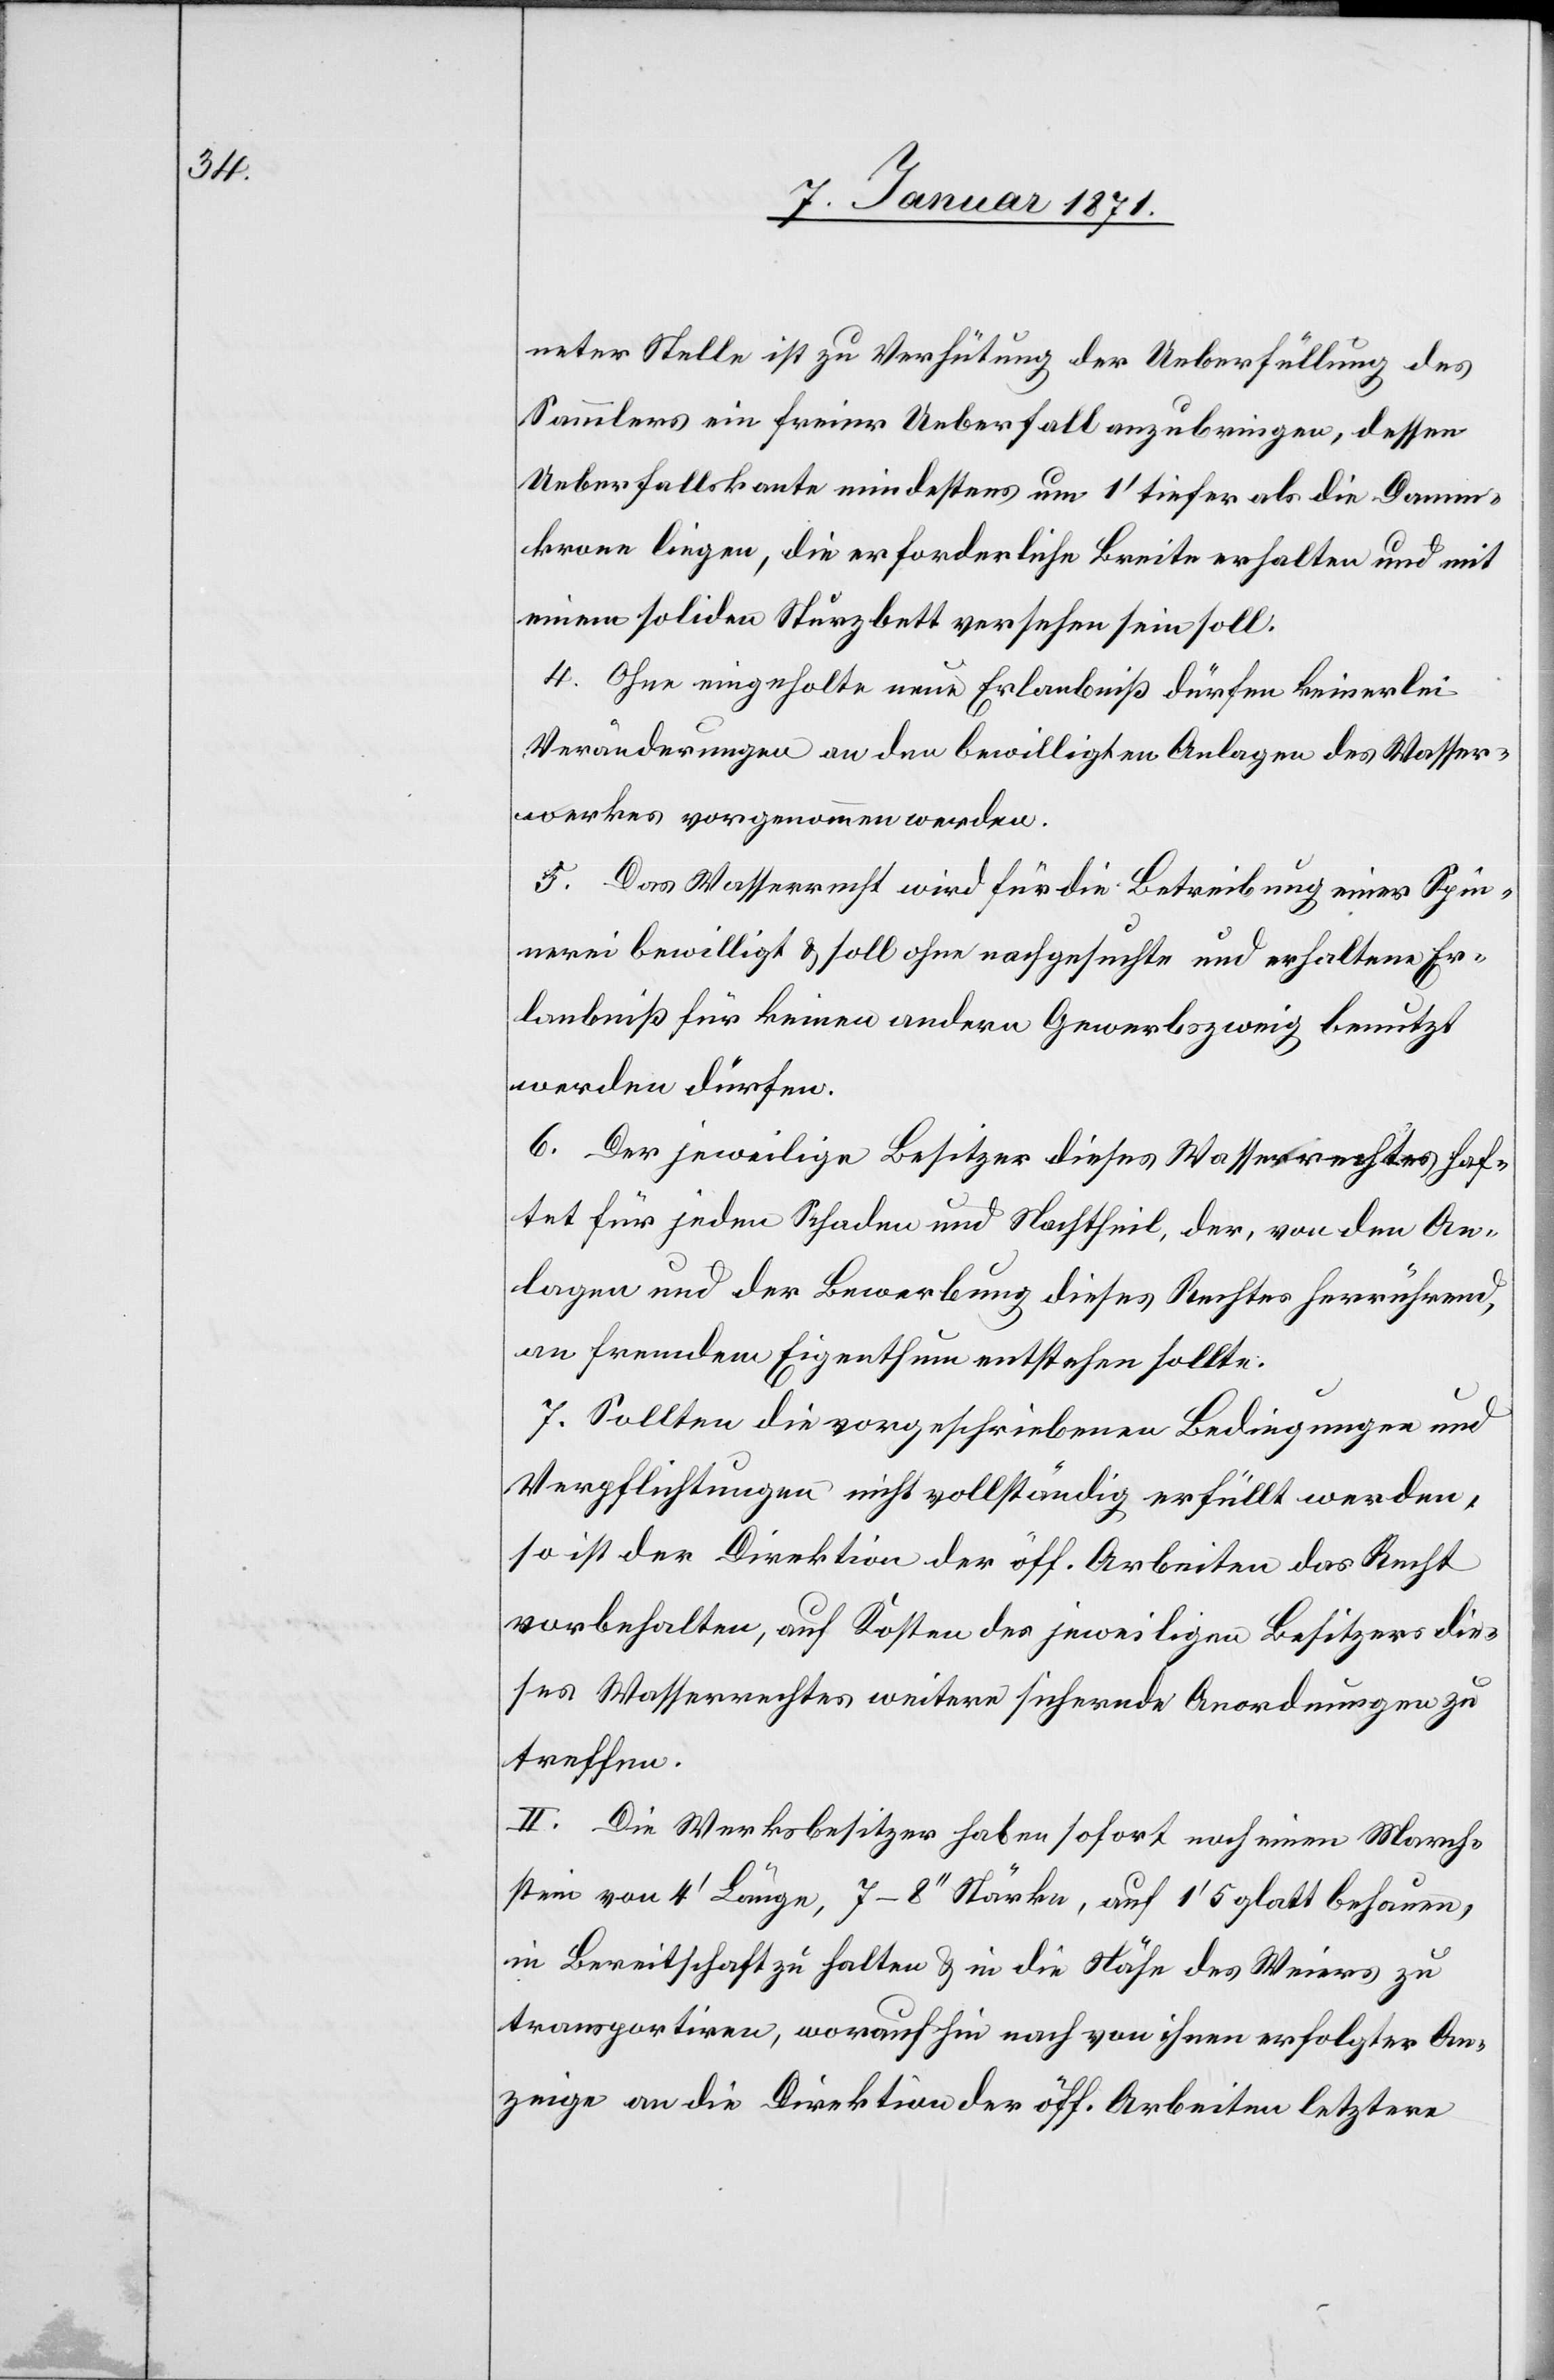
neter Stelle ist zu Verhütung der Ueberfüllung des
Sammlers ein freier Ueberfall anzubringen, dessen
Ueberfallskante mindestens um 1’ tiefer als die Damm¬
krone liegen, die erforderliche Breite erhalten und mit
einem soliden Sturzbett versehen sein soll.
4. Ohne eingeholte neue Erlaubniß dürfen keinerlei
Veränderungen an den bewilligten Anlagen des Wasser¬
werkes vorgenommen werden.
5. Das Wasserrecht wird für die Betreibung einer Spin¬
nerei bewilligt u. soll ohne nachgesuchte und erhaltene Er¬
laubniß für keinen andern Gewerbszweig benutzt
werden dürfen.
6. Der jeweilige Besitzer dieses Wasserrechtes haf¬
tet für jeden Schaden und Nachtheil, der, von den An¬
lagen und der Bewerbung dieses Rechtes herrührend,
an fremdem Eigenthum entstehen sollte.
7. Sollten die vorgeschriebenen Bedingungen und
Verpflichtungen nicht vollständig erfüllt werden,
so ist der Direktion der öff. Arbeiten das Recht
vorbehalten, auf Kosten des jeweiligen Besitzers die¬
ses Wasserrechtes weitere sichernde Anordnungen zu
treffen.
II. Die Werksbesitzer haben sofort noch einen March¬
stein von 4’ Länge, 7–8“ Stärke, auf 1’5 glatt behauen,
in Bereitschaft zu halten u. in die Nähe des Weiers zu
transportiren, woraufhin nach von ihnen erfolgter An¬
zeige an die Direktion der öff. Arbeiten letztere